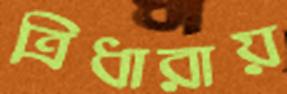
ত্রিধারায়